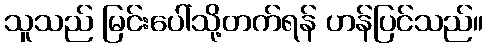
သူသည် မြင်းပေါ်သို့တက်ရန် ဟန်ပြင်သည်။